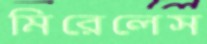
মিরেলেস